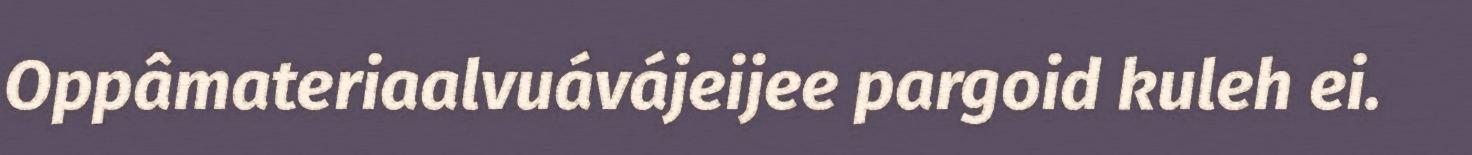
Oppâmateriaalvuávájeijee pargoid kuleh ei.